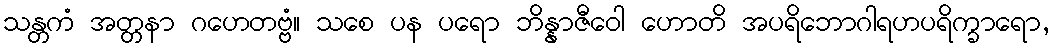
သန္တကံ အတ္တနာ ဂဟေတဗ္ဗံ။ သစေ ပန ပရော ဘိန္နာဇီဝေါ ဟောတိ အပရိဘောဂါရဟပရိက္ခာရော,